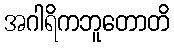
အဂါရိကဘူတောတိ